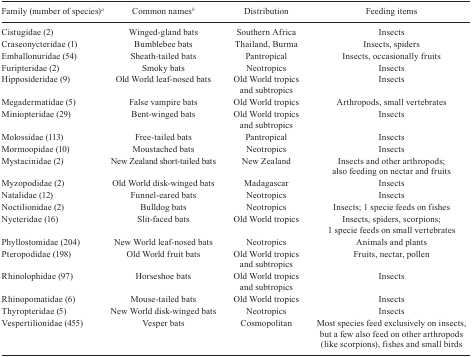
<table><thead><tr><td><b> Family (number of species)<sup>a</sup></b></td><td><b> Common names<sup>b</sup></b></td><td><b> Distribution</b></td><td><b> Feeding items</b></td></tr></thead><tbody><tr><td> Cistugidae (2)</td><td> Winged-gland bats</td><td> Southern Africa</td><td> Insects</td></tr><tr><td> Craseonycteridae (1)</td><td> Bumblebee bats</td><td> Thailand, Burma</td><td> Insects, spiders</td></tr><tr><td> Emballonuridae (54)</td><td> Sheath-tailed bats</td><td> Pantropical</td><td> Insects, occasionally fruits</td></tr><tr><td> Furipteridae (2)</td><td> Smoky bats</td><td> Neotropics</td><td> Insects</td></tr><tr><td> Hipposideridae (9)</td><td> Old World leaf-nosed bats</td><td> Old World tropicsand subtropics</td><td> Insects</td></tr><tr><td> Megadermatidae (5)</td><td> False vampire bats</td><td> Old World tropics</td><td> Arthropods, small vertebrates</td></tr><tr><td> Miniopteridae (29)</td><td> Bent-winged bats</td><td> Old World tropicsand subtropics</td><td> Insects</td></tr><tr><td> Molossidae (113)</td><td> Free-tailed bats</td><td> Pantropical</td><td> Insects</td></tr><tr><td> Mormoopidae (10)</td><td> Moustached bats</td><td> Neotropics</td><td> Insects</td></tr><tr><td> Mystacinidae (2)</td><td> New Zealand short-tailed bats</td><td> New Zealand</td><td> Insects and other arthropods;alsofeeding on nectar and fruits</td></tr><tr><td> Myzopodidae (2)</td><td> Old World disk-winged bats</td><td> Madagascar</td><td> Insects</td></tr><tr><td> Natalidae (12)</td><td> Funnel-eared bats</td><td> Neotropics</td><td> Insects</td></tr><tr><td> Noctilionidae (2)</td><td> Bulldog bats</td><td> Neotropics</td><td> Insects; 1 specie feeds on fishes</td></tr><tr><td> Nycteridae (16)</td><td> Slit-faced bats</td><td> Old World tropics</td><td> Insects, spiders, scorpions;1 speciefeeds on small vertebrates</td></tr><tr><td> Phyllostomidae (204)</td><td> New World leaf-nosed bats</td><td> Neotropics</td><td> Animals and plants</td></tr><tr><td> Pteropodidae (198)</td><td> Old World fruit bats</td><td> Old World tropicsand subtropics</td><td> Fruits, nectar, pollen</td></tr><tr><td> Rhinolophidae (97)</td><td> Horseshoe bats</td><td> Old World tropicsand subtropics</td><td> Insects</td></tr><tr><td> Rhinopomatidae (6)</td><td> Mouse-tailed bats</td><td> Old World tropics</td><td> Insects</td></tr><tr><td> Thyropteridae (5)</td><td> New World disk-winged bats</td><td> Neotropics</td><td> Insects</td></tr><tr><td> Vespertilionidae (455)</td><td> Vesper bats</td><td> Cosmopolitan</td><td> Most species feed exclusively on insects, but a few also feed on other arthropods(likescorpions), fishes and small birds</td></tr></tbody></table>